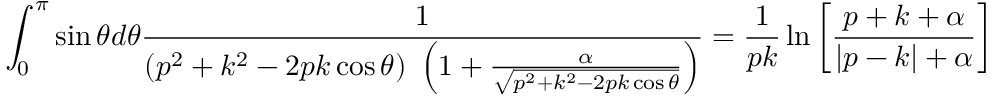
\int _ { 0 } ^ { \pi } \sin \theta d \theta { \frac { 1 } { ( p ^ { 2 } + k ^ { 2 } - 2 p k \cos \theta ) \ \left( 1 + { \frac { \alpha } { \sqrt { p ^ { 2 } + k ^ { 2 } - 2 p k \cos \theta } } } \right) } } = { \frac { 1 } { p k } } \ln \left[ { \frac { p + k + \alpha } { | p - k | + \alpha } } \right]